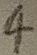
Text: 4